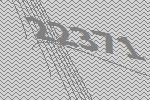
22371